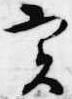
実